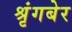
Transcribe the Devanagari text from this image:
श्रृंगबेर